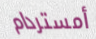
أمستردام